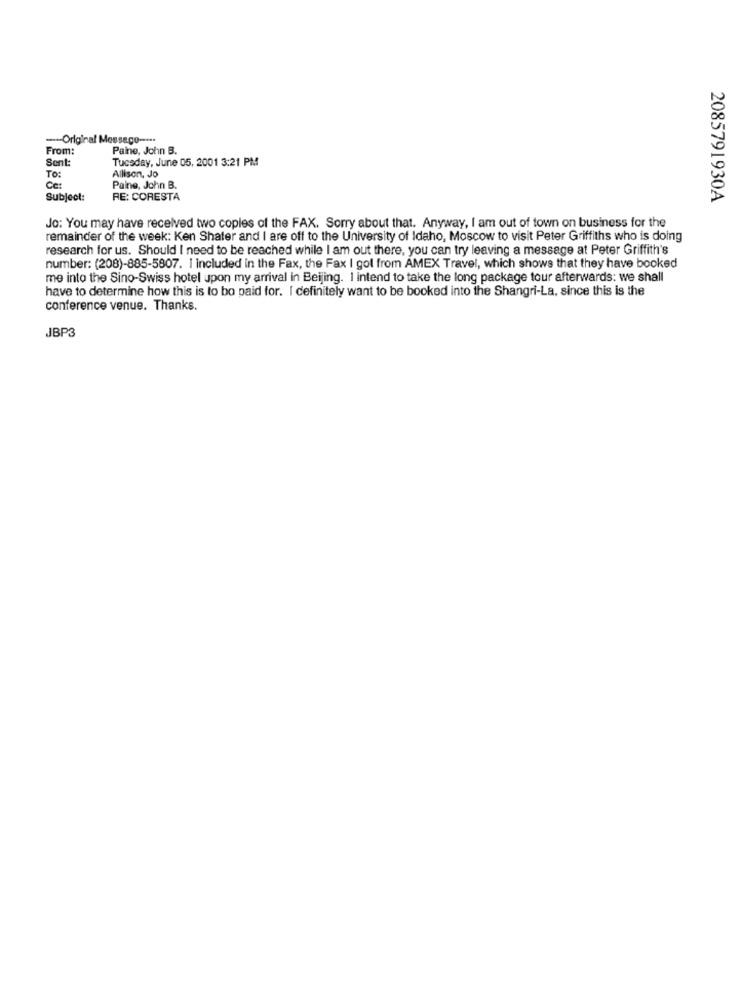
-- Original Message -...
From:
Paine, John B.
Sent:
Tuesday, June 05, 2001 3:21 PM
Allison, Jo
To:
Ce:
Paine, John B.
Subject:
RE: CORESTA
2085791930A
Jo: You may have received two copies of the FAX. Sorry about that. Anyway, I am out of town on business for the
remainder of the week: Ken Shater and I are off to the University of Idaho, Moscow to visit Peter Griffiths who is doing
research for us. Should I need to be reached while I am out there, you can try leaving a message at Peter Griffith's
number: (208)-885-5807. 1 included in the Fax, the Fax I gol from AMEX Travel, which shows that they have booked
me into the Sino-Swiss hotel upon my arrival in Beijing. I intend to take the long package tour afterwards: we shall
have to determine how this is to bo paid for. I definitely want to be booked into the Shangri-La, since this is the
conference venue. Thanks.
JBP3